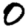
Digit: 0